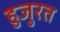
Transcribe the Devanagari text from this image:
हुजुरत